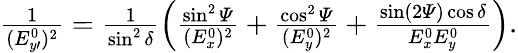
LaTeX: \begin{array}{r}{\frac{1}{(E_{y\prime}^{0})^{2}}=\frac{1}{\sin^{2}\delta}\left(\frac{\sin^{2}{\mathit\Psi}}{(E_{x}^{0})^{2}}+\frac{\cos^{2}{\mathit\Psi}}{(E_{y}^{0})^{2}}+\frac{\sin(2{\mathit\Psi})\cos\delta}{E_{x}^{0}E_{y}^{0}}\right).}\end{array}